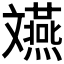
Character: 𫿲